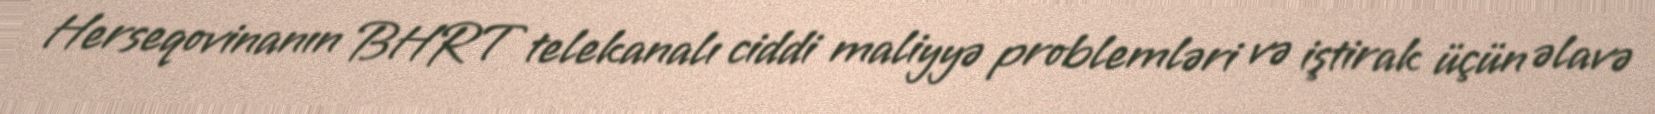
Herseqovinanın BHRT telekanalı ciddi maliyyə problemləri və iştirak üçün əlavə